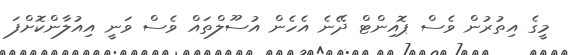
މީގެ އިތުރުން ވެސް ޕޮއިންޓް ދޭނެ އެހެން އުސޫލްތައް ވެސް ވަނީ އިއުލާންކޮށްފަ